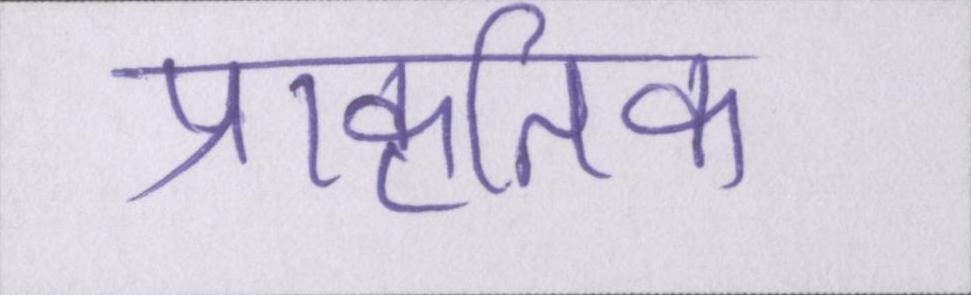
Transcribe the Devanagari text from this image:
प्राकृतिक